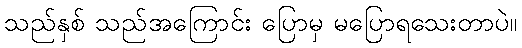
သည်နှစ် သည်အကြောင်း ပြောမှ မပြောရသေးတာပဲ။